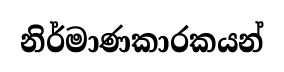
නිර්මාණකාරකයන්